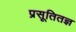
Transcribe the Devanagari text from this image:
प्रसूतितज्ञ